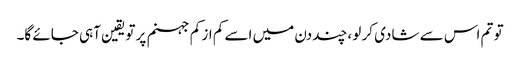
تو تم اس سے شادی کر لو ،چند دن میں اسے کم از کم جہنم پر تویقین آہی جائے گا۔